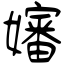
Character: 嬸